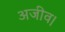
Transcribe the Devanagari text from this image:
अजीव।